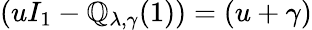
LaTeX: \left(uI_{1}-\mathbb{Q}_{\lambda,\gamma}(1)\right)=(u+\gamma)